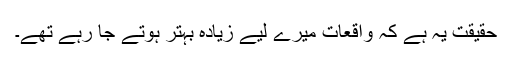
حقیقت یہ ہے کہ واقعات میرے لیے زیادہ بہتر ہوتے جا رہے تھے۔